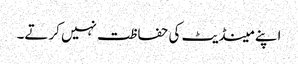
اپنے مینڈیٹ کی حفاظت نہیں کرتے۔